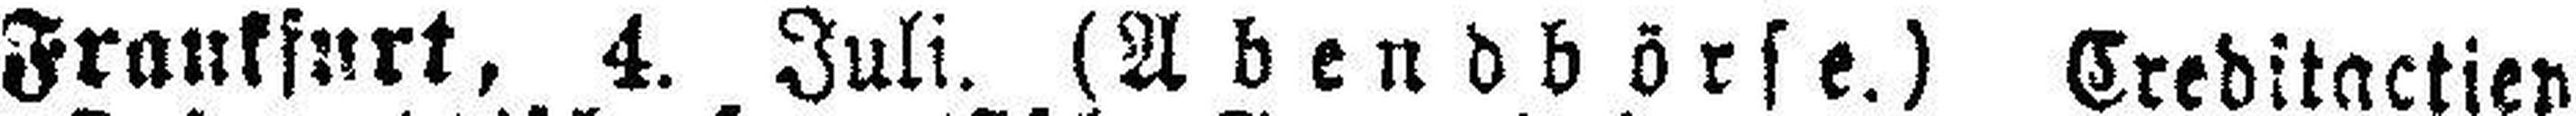
Frankfurt, 4. Juli. (Abendbörse.) Creditactien